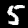
Label: 5